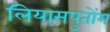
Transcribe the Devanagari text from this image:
लियामपुतोंग